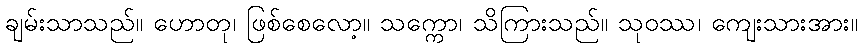
ချမ်းသာသည်။ ဟောတု၊ ဖြစ်စေလော့။ သက္ကော၊ သိကြားသည်။ သုဝဿ၊ ကျေးသားအား။